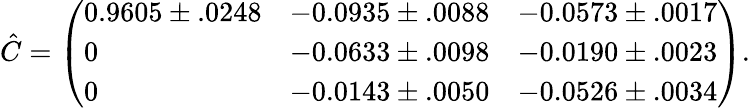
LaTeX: \hat{C}=\left(\begin{array}{lll}{0.9605\pm.0248}&{-0.0935\pm.0088}&{-0.0573\pm.0017}\\ {0}&{-0.0633\pm.0098}&{-0.0190\pm.0023}\\ {0}&{-0.0143\pm.0050}&{-0.0526\pm.0034}\end{array}\right).